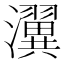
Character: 瀷